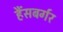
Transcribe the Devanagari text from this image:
हैंसबर्गर